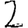
Digit: 2